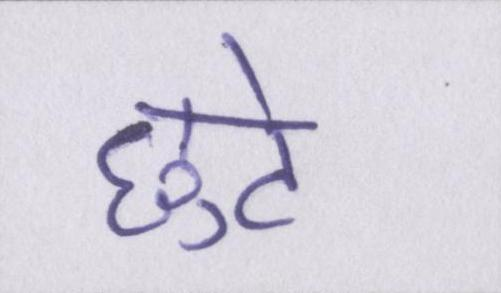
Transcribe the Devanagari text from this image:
छुटे